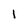
Character: 1